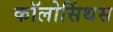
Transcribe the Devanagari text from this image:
कॉलोसिंथस